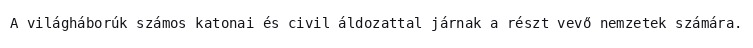
A világháborúk számos katonai és civil áldozattal járnak a részt vevő nemzetek számára.